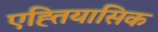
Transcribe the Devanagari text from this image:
एह्तियासिक